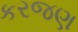
કરજણ